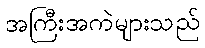
အကြီးအကဲများသည်